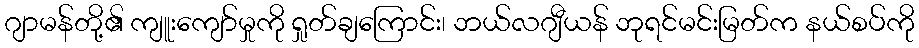
ဂျာမန်တို့၏ ကျူးကျော်မှုကို ရှုတ်ချကြောင်း၊ ဘယ်လဂျီယန် ဘုရင်မင်းမြတ်က နယ်စပ်ကို